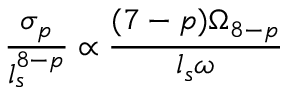
\frac { \sigma _ { p } } { l _ { s } ^ { 8 - p } } \propto \frac { ( 7 - p ) \Omega _ { 8 - p } } { l _ { s } \omega }